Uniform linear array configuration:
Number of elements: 48
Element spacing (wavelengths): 0.75
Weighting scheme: binomial
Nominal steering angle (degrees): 30
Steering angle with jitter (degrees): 29.124
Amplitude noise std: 0.05
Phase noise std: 0.05

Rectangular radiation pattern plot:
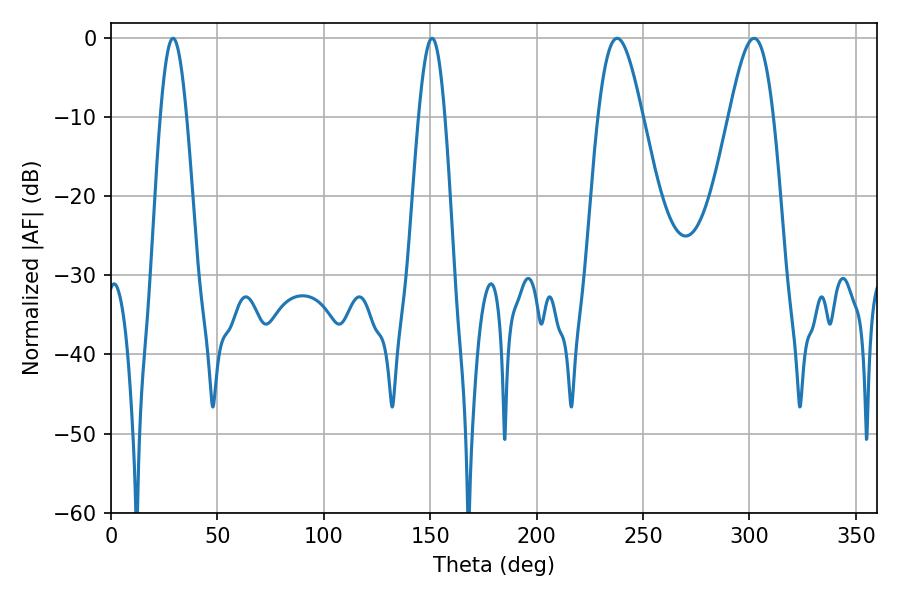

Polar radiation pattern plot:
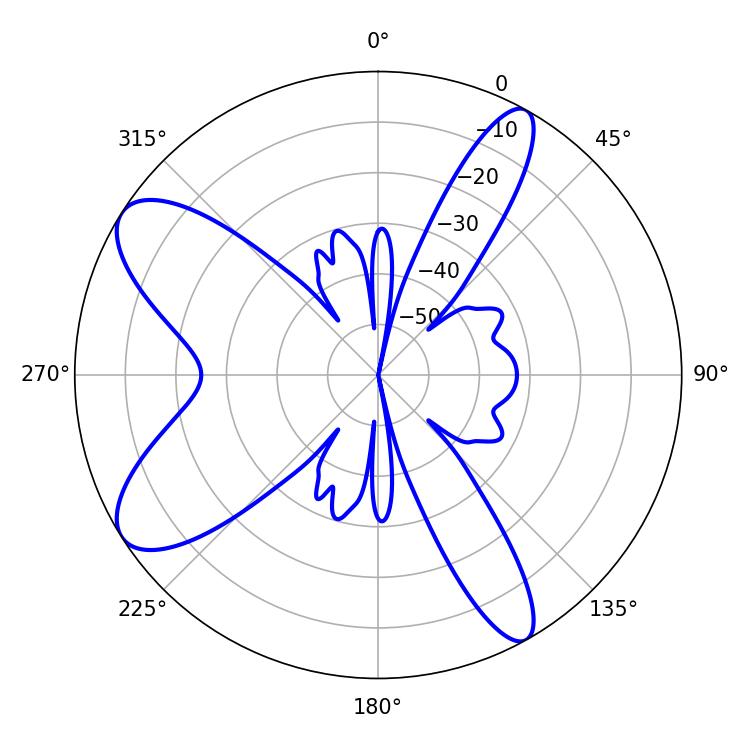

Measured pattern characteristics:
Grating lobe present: TRUE
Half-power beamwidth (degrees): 6.66
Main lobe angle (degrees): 29.16